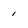
Character: 1